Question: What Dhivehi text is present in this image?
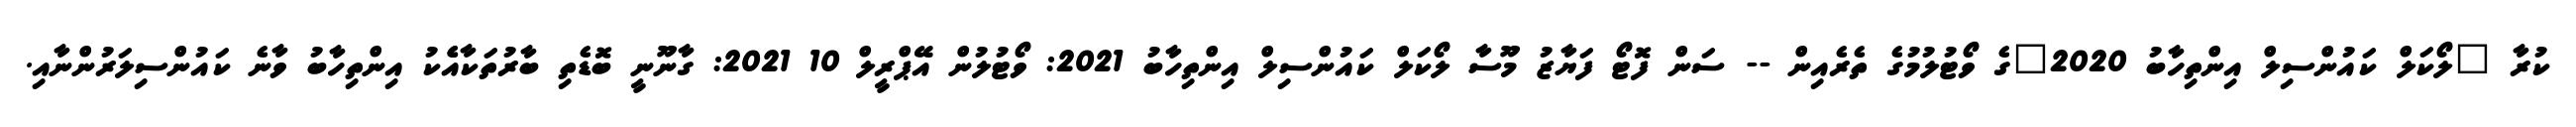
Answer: ކުރާ "ލޯކަލް ކައުންސިލް އިންތިހާބު 2020"ގެ ވޯޓުލުމުގެ ތެރެއިން -- ސަން ފޮޓޯ ފަޔާޒު މޫސާ ލޯކަލް ކައުންސިލް އިންތިހާބު 2021: ވޯޓުލުން އޭޕްރީލް 10 2021: ގާނޫނީ ބޮޑެތި ބާރުތަކާއެެކު އިންތިހާބު ވާނެ ކައުންސިލަރުންނާއި.